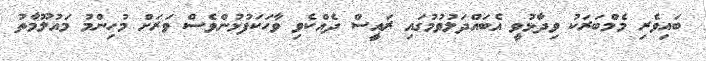
ބައިވެރި މެމްބަރަކު ވިދާޅުވީ އެބައްދަލުވުމުގައި ރައީސް ދެއްކެވި ވާހަކަފުޅުންވެސް ވަރަށް މުހިންމު މައުލޫމާތު